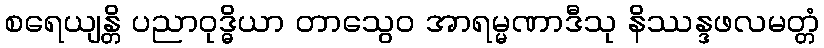
စရေယျန္တိ ပညာဝုဒ္ဓိယာ တာသွေဝ အာရမ္မဏာဒီသု နိဿန္ဒဖလမတ္တံ